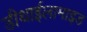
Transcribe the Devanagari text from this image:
डीथाईलामाइड